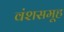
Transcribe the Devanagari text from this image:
वंशसमूह